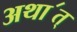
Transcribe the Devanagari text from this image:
अथा॔त्